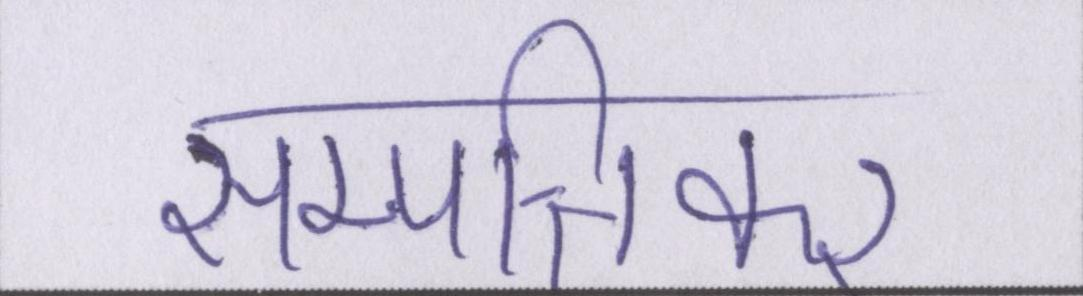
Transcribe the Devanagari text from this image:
सम्पत्तिकर